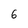
Character: 6